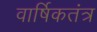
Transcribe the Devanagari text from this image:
वार्षिकतंत्र